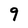
Character: 9